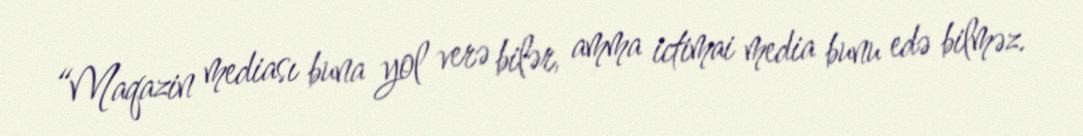
“Maqazin mediası buna yol verə bilər, amma ictimai media bunu edə bilməz.